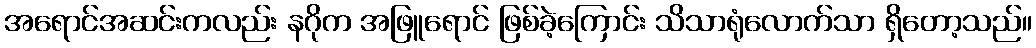
အရောင်အဆင်းကလည်း နဂိုက အဖြူရောင် ဖြစ်ခဲ့ကြောင်း သိသာရုံလောက်သာ ရှိတော့သည်။